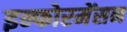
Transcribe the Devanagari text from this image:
इन्फोरमेंसन